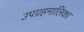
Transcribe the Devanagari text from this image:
उपग्रहमालिका